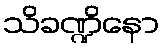
သိခဏ္ဍိနော